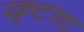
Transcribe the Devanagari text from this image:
खृष्टाब्द